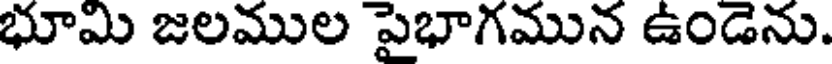
భూమి జలముల పైభాగమున ఉండెను.